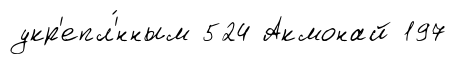
укр'епл'́нным 524 Акмонай 197